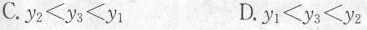
C.$$y _ { 2 } < y _ { 3 } < y _ { 1 }$$ D.$$y _ { 1 } < y _ { 3 } < y _ { 2 }$$